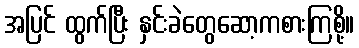
အပြင် ထွက်ပြီး နှင်းခဲတွေဆော့ကစားကြစို့။